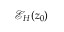
\mathcal { E } _ { H } ( z _ { 0 } )